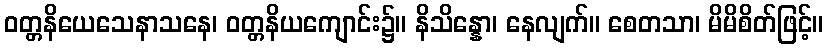
ဝတ္တနိယေသေနာသနေ၊ ဝတ္တနိယကျောင်း၌။ နိသိန္နော၊ နေလျက်။ စေတသာ၊ မိမိစိတ်ဖြင့်။